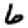
Digit: 6